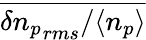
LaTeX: \overline{{\delta{n_{p}}_{rms}/\langle n_{p}\rangle}}